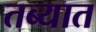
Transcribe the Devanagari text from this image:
तब्यात